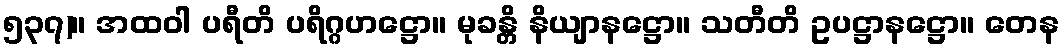
၅၃၇)။ အထဝါ ပရီတိ ပရိဂ္ဂဟဋ္ဌော။ မုခန္တိ နိယျာနဋ္ဌော။ သတီတိ ဥပဋ္ဌာနဋ္ဌော။ တေန